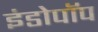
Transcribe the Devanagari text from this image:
इंडोपॉप